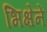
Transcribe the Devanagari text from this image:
भिक्षेनें